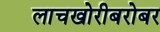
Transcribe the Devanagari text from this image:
लाचखोरीबरोबर